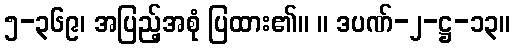
၅-၃၆၉၊ အပြည့်အစုံ ပြထား၏။ ။ ဒပဏ်-၂-ဋ္ဌ-၁၃။